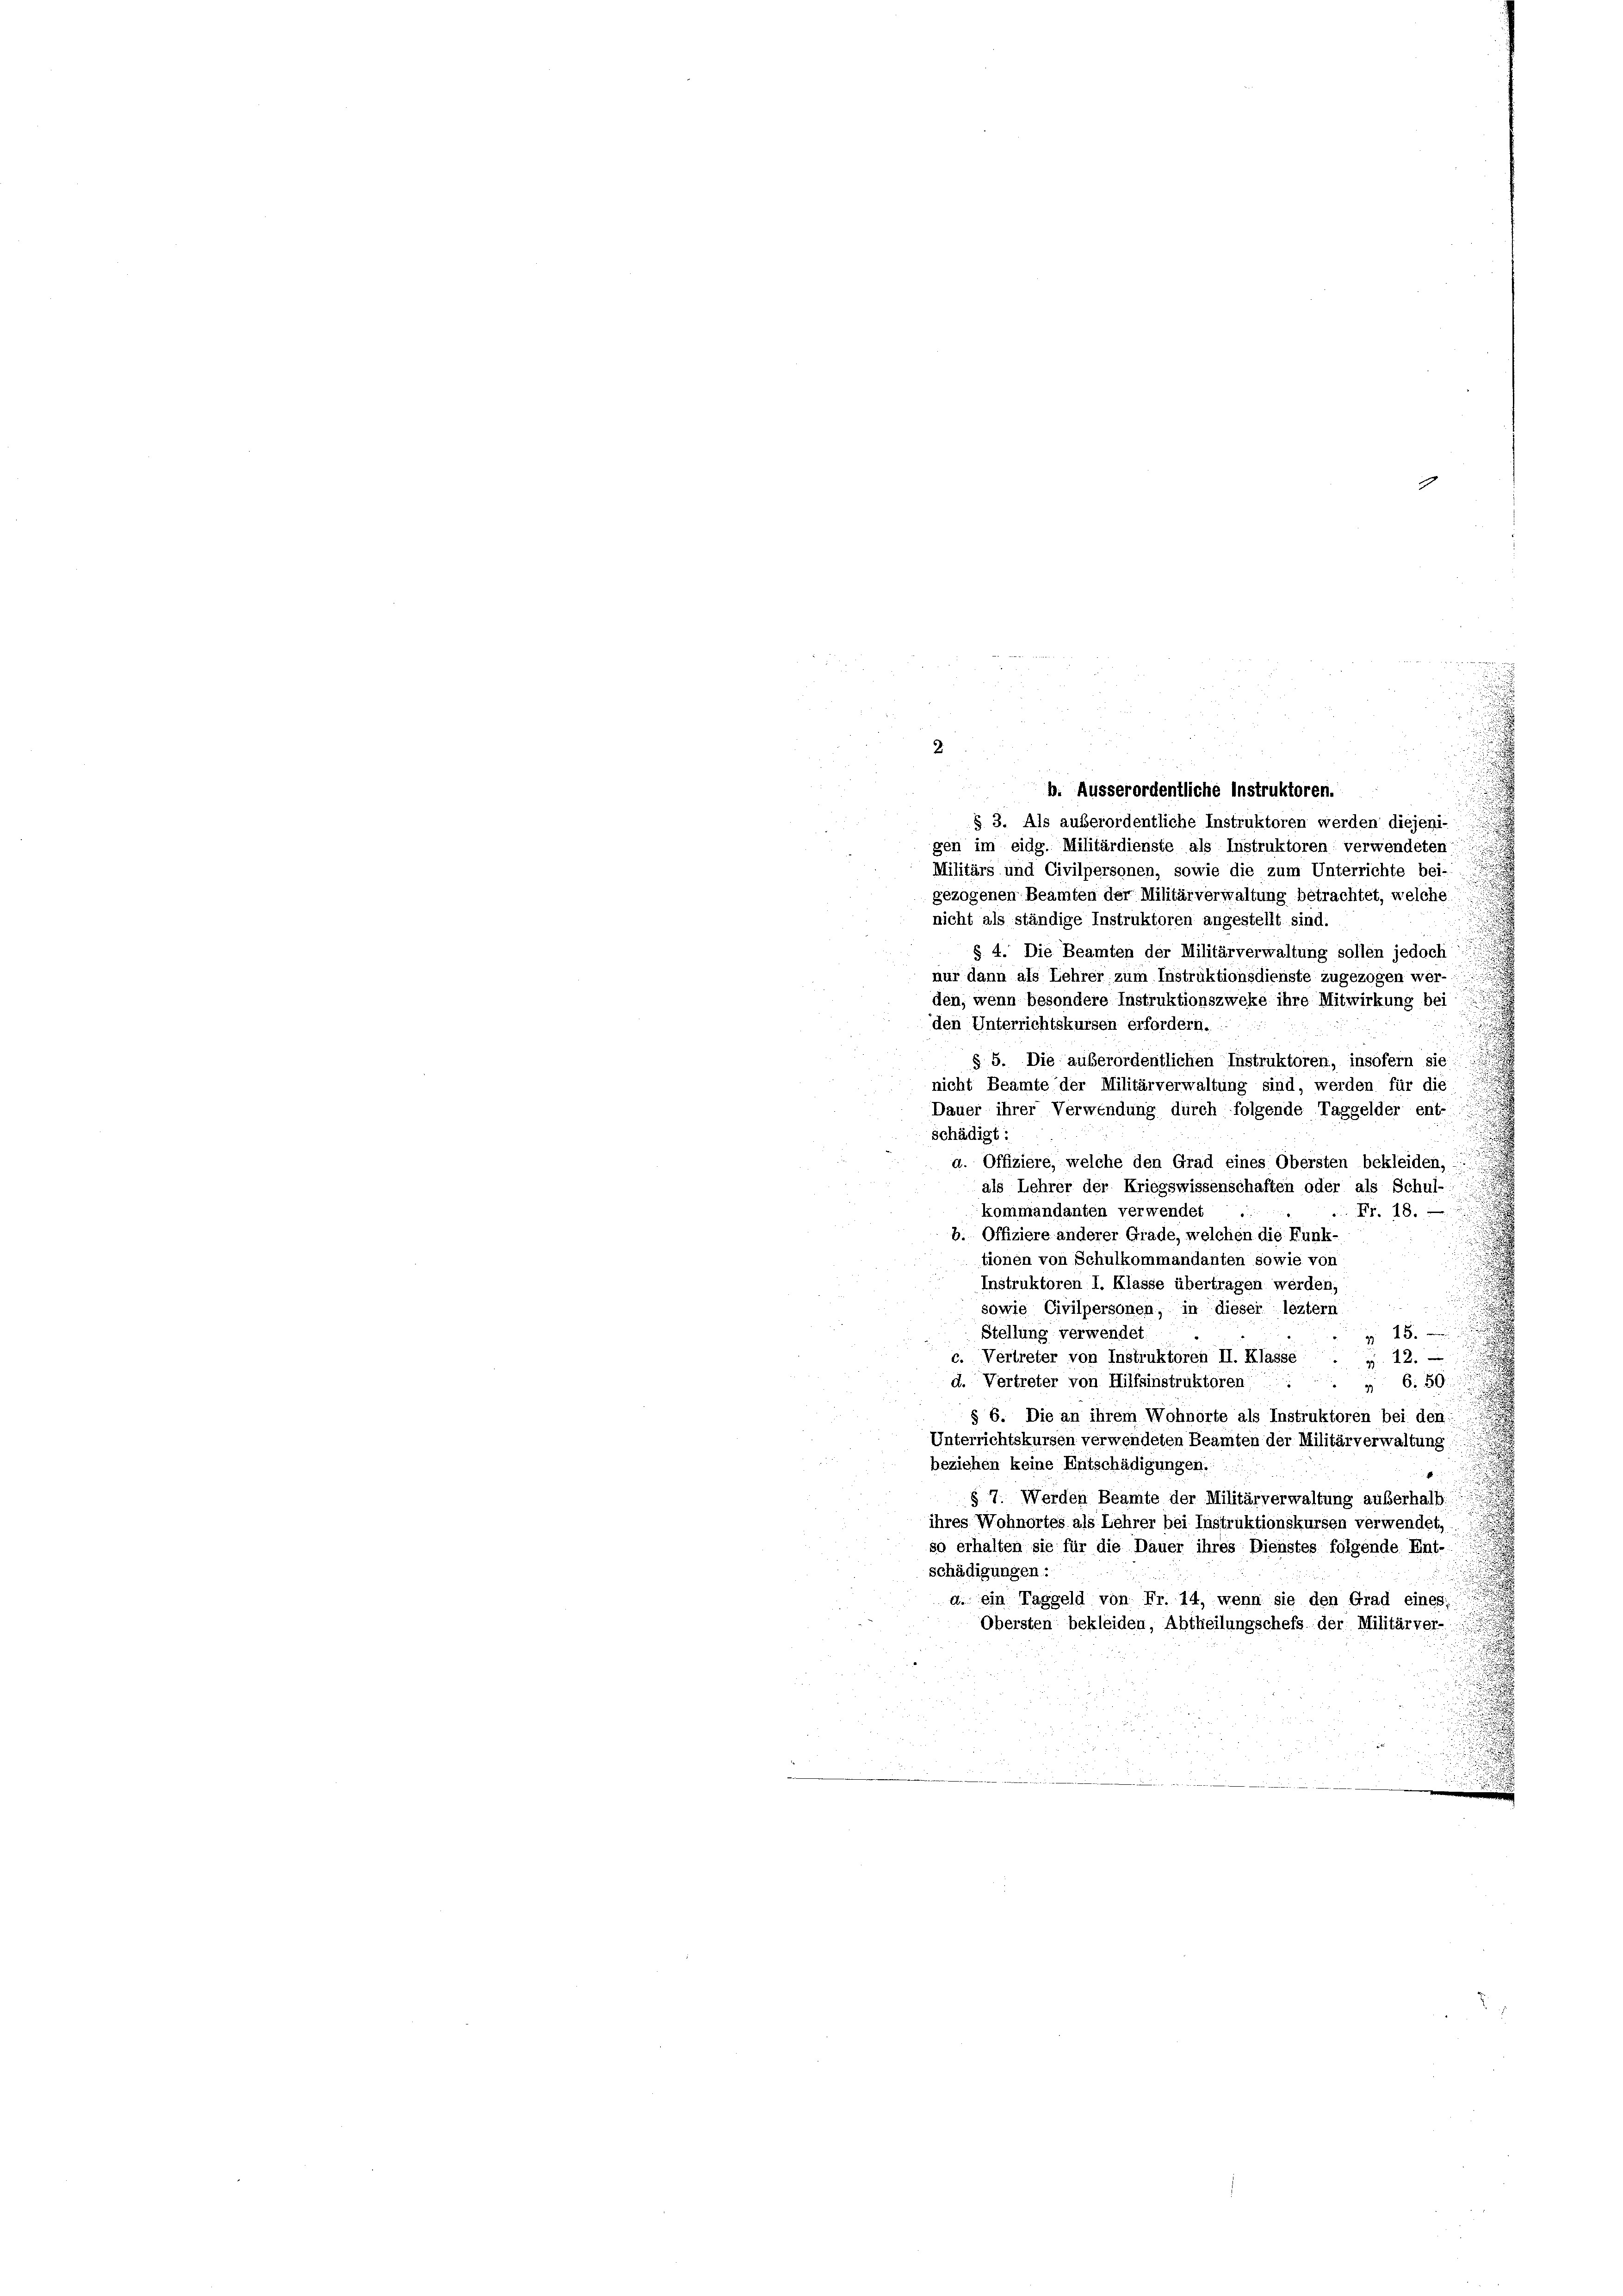
2

g

b. Ausserordentliche Instruktoren.
§ 3. Als außerordentliche Instruktoren werden diejeni-
gen im eidg. Militärdienste als Instruktoren verwendeten
Militärs und Civilpersonen, sowie die zum Unterrichte bei-
gezogenen Beamten der Militärverwaltung betrachtet, welche
nicht als ständige Instruktoren angestellt sind.
§ 4. Die Beamten der Militärverwaltung sollen jedoch
nur dann als Lehrer zum Instruktionsdienste zugezogen wer-
den, wenn besondere Instruktionszweke ihre Mitwirkung bei
den Unterrichtskursen erfordern.
§ 5. Die außerordentlichen Instruktoren, insofern sie:
nicht Beamte der Militärverwaltung sind, werden für die
Dauer ihrer Verwendung durch folgende Taggelder ent-
schädigt:
i

a. Offiziere, welche den Grad eines Obersten bekleiden,
als Lehrer der Kriegswissenschaften oder als Schul-
kommandanten verwendet
Fr. 18.
b. Offiziere anderer Grade, welchen die Funk-
tionen von Schulkommandanten sowie von
Instruktoren I. Klasse übertragen werden,
e
sowie Civilpersonen, in dieser leztem
28.
Stellung verwendet
c. Vertreter von Instruktoren II. Klasse . . 12. —
6. 50
d. Vertreter von Hilfsinstruktoren ...
39
§ 6. Die an ihrem Wohnorte als Instruktoren bei den
Unterrichtskursen verwendeten Beamten der Militärverwaltung
beziehen keine Entschädigungen.
§ 7. Werden Beamte der Militärverwaltung außerhalb
ihres Wohnortes als Lehrer bei Instruktionskursen verwendet,
so erhalten sie für die Dauer ihres Dienstes folgende Ent-
schädigungen:
a. ein Taggeld von Fr. 14, wenn sie den Grad eines
Obersten bekleiden, Abtheilungschefs der Milit